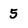
Character: 5